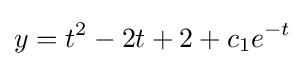
y=t^{2}-2t+2+c_{1}e^{-t}